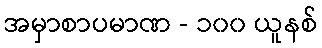
အမှာစာပမာဏ - ၁၀၀ ယူနစ်